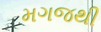
મગજથી